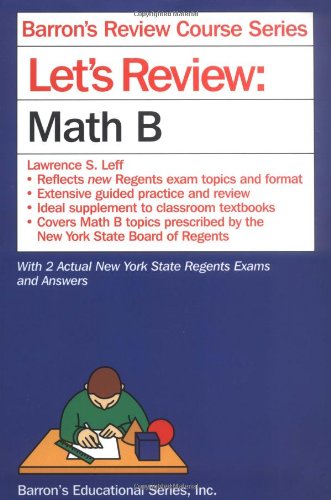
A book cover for Let's Review Math B (Let's Review Series); Lawrence S. Leff; Test Preparation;